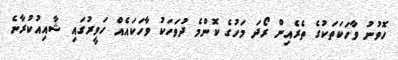
ހޮވުނު ވާހަކަތަކުގެ ތެރެއިން ރޯދަ މަހުގެ ކޮންމެ ދުވަހަކު ވާހަކައެއް ހަވީރުގައި ޝާއިއުކުރާނެ